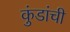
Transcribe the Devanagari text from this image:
कुंडांची